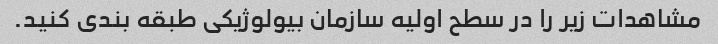
مشاهدات زیر را در سطح اولیه سازمان بیولوژیکی طبقه بندی کنید.